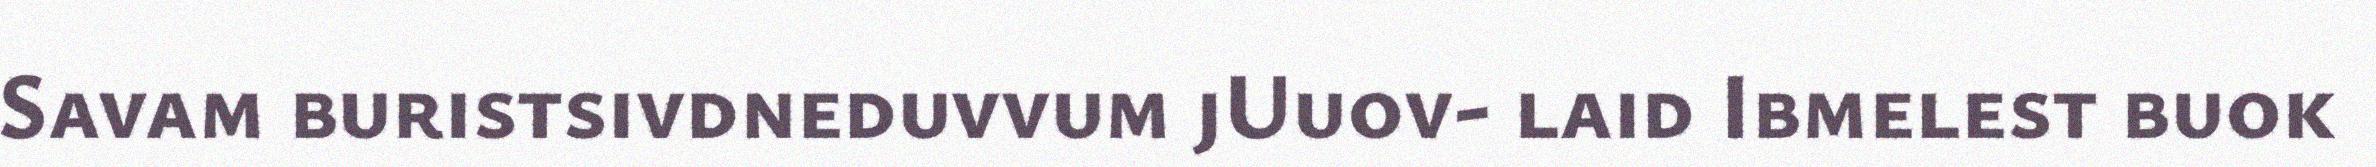
Savam buristsivdneduvvum jUuov- laid Ibmelest buok